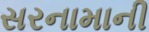
સરનામાની